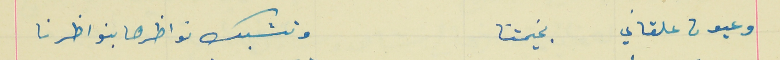
وعيون علقاني    بخيمتنا                                     وتشبك نواظرها بنواظرنا